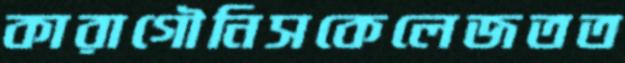
কারাগৌনিসকেলেজতত